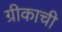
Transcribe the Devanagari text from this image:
ग्रीकाची